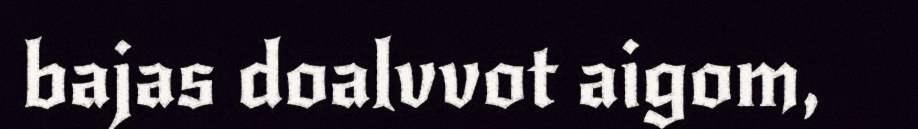
bajas doalvvot aigom,